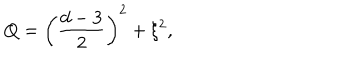
LaTeX: Q = \left( \frac { d - 3 } { 2 } \right) ^ { 2 } + \xi ^ { 2 } ,